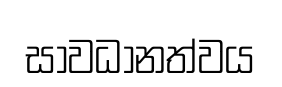
සාවධානත්වය